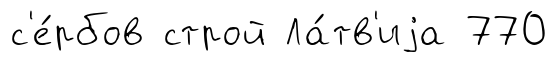
с'е́рбов строй Ла́тв'иjа 770